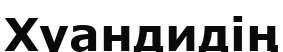
Хуандидің